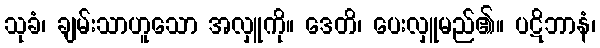
သုခံ၊ ချမ်းသာဟူသော အလှူကို။ ဒေတိ၊ ပေးလှူမည်၏။ ပဋိဘာနံ၊